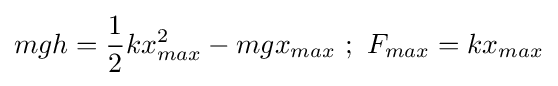
mgh={\frac {1}{2}}kx_{max}^{2}-mgx_{max}\ ;\ F_{max}=kx_{max}